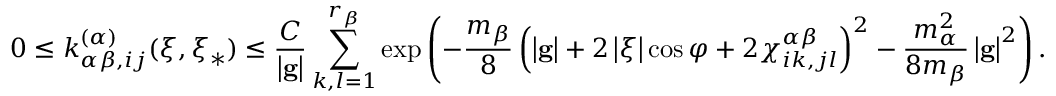
0 \leq k _ { \alpha \beta , i j } ^ { \left( \alpha \right) } ( \boldsymbol { \xi } , \boldsymbol { \xi } _ { \ast } ) \leq \frac { C } { \left\vert \mathbf { g } \right\vert } \sum _ { k , l = 1 } ^ { r _ { \beta } } \exp \left( - \frac { m _ { \beta } } { 8 } \left( \left\vert \mathbf { g } \right\vert + 2 \left\vert \boldsymbol { \xi } \right\vert \cos \varphi + 2 \chi _ { i k , j l } ^ { \alpha \beta } \right) ^ { 2 } - \frac { m _ { \alpha } ^ { 2 } } { 8 m _ { \beta } } \left\vert \mathbf { g } \right\vert ^ { 2 } \right) \mathrm { . }